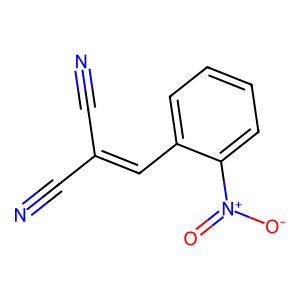
SMILES: N#CC(C#N)=Cc1ccccc1[N+](=O)[O-]
Inhibits HIV replication: No